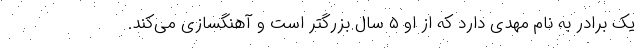
یک برادر به نام مهدی دارد که از او ۵ سال بزرگتر است و آهنگسازی می‌کند.